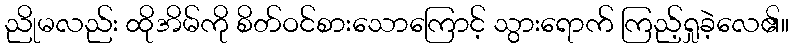
ညိုမလည်း ထိုအိမ်ကို စိတ်ဝင်စားသောကြောင့် သွားရောက် ကြည့်ရှုခဲ့လေ၏။